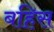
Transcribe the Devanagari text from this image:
बहिस